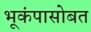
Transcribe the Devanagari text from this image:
भूकंपासोबत